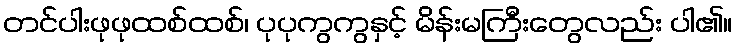
တင်ပါးဖုဖုထစ်ထစ်၊ ပုပုကွကွနှင့် မိန်းမကြီးတွေလည်း ပါ၏။